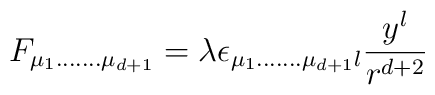
F_{\mu_{1}.......\mu_{d+1}}=\lambda\epsilon_{\mu_{1}.......\mu_{d+1}l}\frac{y^{l}}{r^{d+2}}